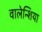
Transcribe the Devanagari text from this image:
वालेन्शिया